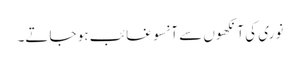
نوری کی آنکھوں سے آنسو غائب ہو جاتے۔